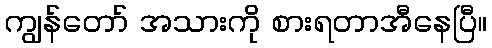
ကျွန်တော် အသားကို စားရတာအီနေပြီ။